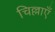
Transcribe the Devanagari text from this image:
चिल्लाएँ